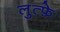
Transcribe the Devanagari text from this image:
लुत्फ़े